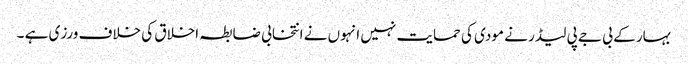
بہار کے بی جے پی لیڈر نے مودی کی حمایت نہیں انہوں نے انتخابی ضابطہ اخلاق کی خلاف ورزی ہے ۔